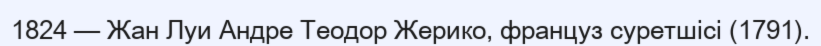
1824 — Жан Луи Андре Теодор Жерико, француз суретшісі (1791).